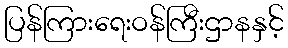
ပြန်ကြားရေးဝန်ကြီးဌာနနှင့်